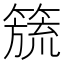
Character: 𮆅